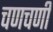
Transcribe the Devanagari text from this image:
चणचणी